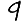
Digit: 9